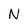
Character: N